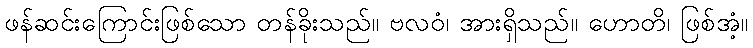
ဖန်ဆင်းကြောင်းဖြစ်သော တန်ခိုးသည်။ ဗလဝံ၊ အားရှိသည်။ ဟောတိ၊ ဖြစ်အံ့။